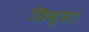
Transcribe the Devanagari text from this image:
हिस्सा